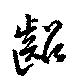
齠